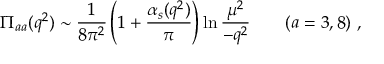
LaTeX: \Pi _ { a a } ( q ^ { 2 } ) \sim { \frac { 1 } { 8 \pi ^ { 2 } } } \left( 1 + { \frac { \alpha _ { s } ( q ^ { 2 } ) } { \pi } } \right) \ln { \frac { \mu ^ { 2 } } { - q ^ { 2 } } } \qquad ( a = 3 , 8 ) \ ,